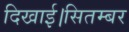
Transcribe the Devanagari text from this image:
दिखाई।सितम्बर